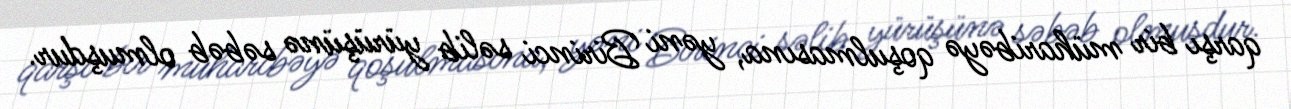
qarşı bir müharibəyə qoşulmasına, yəni Birinci səlib yürüşünə səbəb olmuşdur.